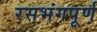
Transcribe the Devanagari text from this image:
रसभंगपूर्ण